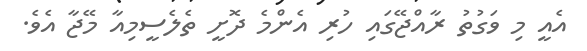
އެއީ މި ވަގުތު ރާއްޖޭގައި ހުރި އެންމެ ދޮށީ ތެލެސީމިއާ މޭޖާ އެވެ.